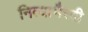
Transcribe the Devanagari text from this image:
नित्याभैरवी